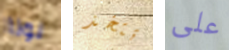
نونا تتخذ على